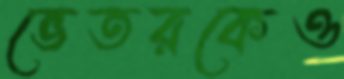
ভেতরকেও